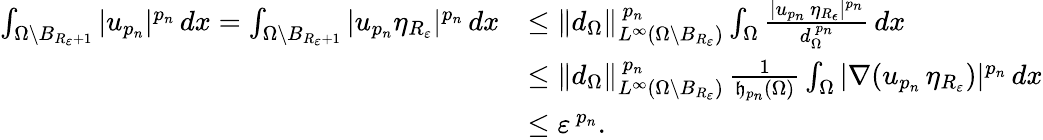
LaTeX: \begin{array}{rl}{\int_{\Omega\setminus B_{R_{\varepsilon}+1}}|u_{{p_{n}}}|^{p_{n}}\, dx=\int_{\Omega\setminus B_{R_{\varepsilon}+1}}|u_{p_{n}}\eta_{R_{\varepsilon}}|^{p_{n}}\, dx}&{\le\| d_{\Omega}\| _{L^{\infty}(\Omega\setminus B_{R_{\varepsilon}})}^{\, p_{n}}\int_{\Omega}\frac{|u_{p_{n}}\, \eta_{R_{\epsilon}}|^{p_{n}}}{d_{\Omega}^{\, p_{n}}}\, dx}\\ &{\le\| d_{\Omega}\| _{L^{\infty}(\Omega\setminus B_{R_{\varepsilon}})}^{\, p_{n}}\, \frac{1}{\mathfrak{h}_{p_{n}}(\Omega)}\int_{\Omega}|\nabla(u_{p_{n}}\, \eta_{R_{\varepsilon}})|^{p_{n}}\, dx}\\ &{\le\varepsilon^{\, p_{n}}.}\end{array}